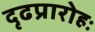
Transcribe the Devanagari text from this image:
दृढप्रारोहः